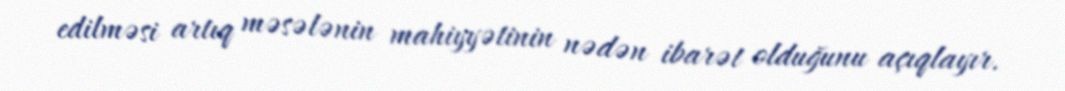
edilməsi artıq məsələnin mahiyyətinin nədən ibarət olduğunu açıqlayır.